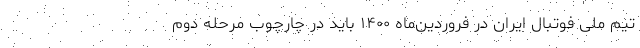
تیم ملی فوتبال ایران در فروردین‌ماه ۱۴۰۰ باید در چارچوب مرحله دوم